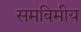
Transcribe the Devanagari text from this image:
समविमीय